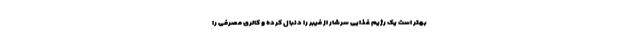
بهتر است یک رژیم غذایی سرشار از فیبر را دنبال کرده و کالری مصرفی را